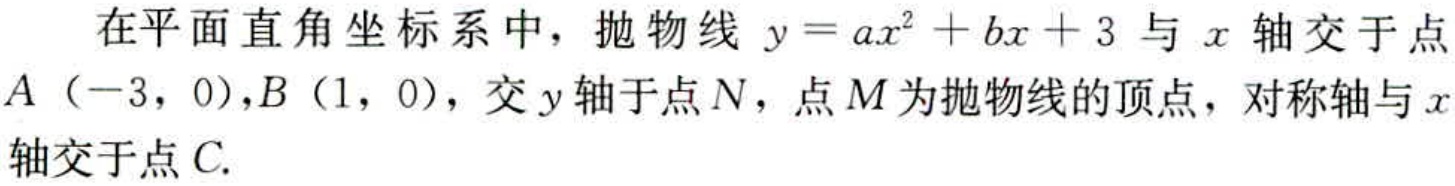
在平面直角坐标系中，抛物线 \(y = ax^{2}+bx + 3\) 与 \(x\) 轴交于点 \(A（-3，0）,B（1，0）\)，交 \(y\) 轴于点 \(N\)，点 \(M\) 为抛物线的顶点，对称轴与 \(x\) 轴交于点 \(C\).